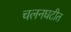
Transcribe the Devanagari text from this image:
चलनघटीत